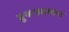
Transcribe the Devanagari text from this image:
पुनःपहचान